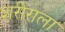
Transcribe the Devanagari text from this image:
शरीराला